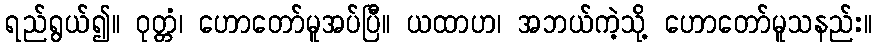
ရည်ရွယ်၍။ ဝုတ္တံ၊ ဟောတော်မူအပ်ပြီ။ ယထာဟ၊ အဘယ်ကဲ့သို့ ဟောတော်မူသနည်း။